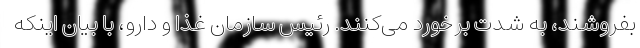
بفروشند، به شدت برخورد می‌کنند. رئیس سازمان غذا و دارو، با بیان اینکه